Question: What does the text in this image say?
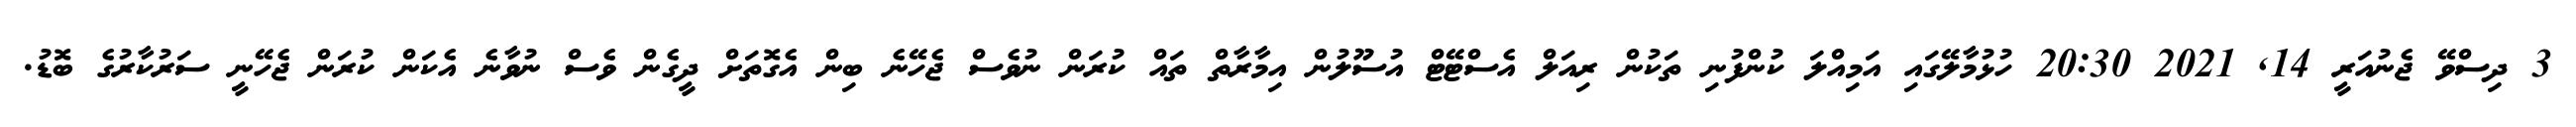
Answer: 3 ދިސްވޭ ޖެނުއަރީ 14, 2021 20:30 ހުޅުމާލޭގައި އަމިއްލަ ކުންފުނި ތަކުން ރިއަލް އެސްޓޭޓް އުސޫލުން އިމާރާތް ތައް ކުރަން ނުވެސް ޖެހޭނެ ބިން އެގޮތަށް ދީގެން ވެސް ނުވާނެ އެކަން ކުރަން ޖެހޭނީ ސަރުކާރުގެ ބޮޑު.